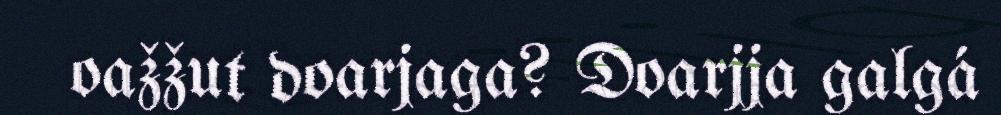
oažžut doarjaga? Doarjja galgá